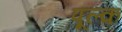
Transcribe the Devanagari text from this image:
पूल्क